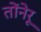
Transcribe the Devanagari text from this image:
तोंनेरू